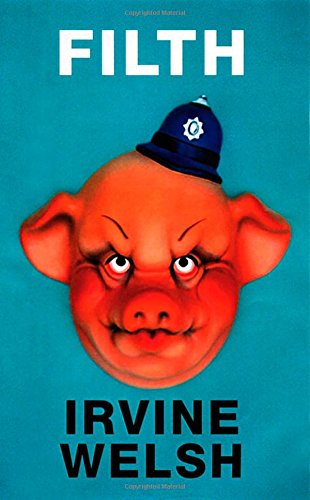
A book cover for Filth; Irvine Welsh; Literature & Fiction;